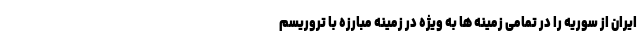
ایران از سوریه را در تمامی زمینه ها به ویژه در زمینه مبارزه با تروریسم